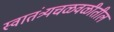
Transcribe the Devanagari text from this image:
स्वातंत्र्यचळवळीतील